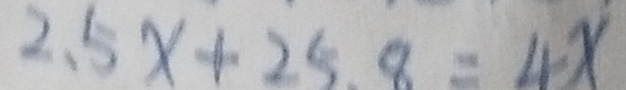
2 . 5 x + 2 5 . 8 = 4 x